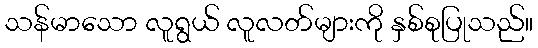
သန်မာသော လူရွယ် လူလတ်များကို နှစ်စုပြုသည်။